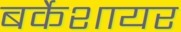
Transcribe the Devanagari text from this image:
बर्केशायर